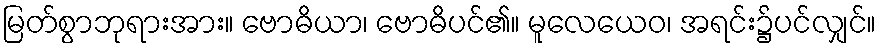
မြတ်စွာဘုရားအား။ ဗောဓိယာ၊ ဗောဓိပင်၏။ မူလေယေဝ၊ အရင်း၌ပင်လျှင်။